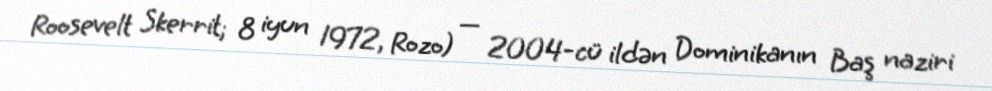
Roosevelt Skerrit; 8 iyun 1972, Rozo) — 2004-cü ildən Dominikanın Baş naziri